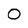
Character: 0